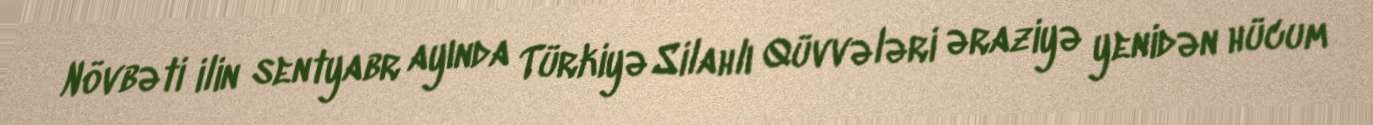
Növbəti ilin sentyabr ayında Türkiyə Silahlı Qüvvələri əraziyə yenidən hücum